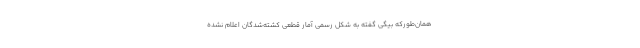
همان‌طور‌که بیگی گفته به شکل رسمی آمار قطعی کشته‌شدگان اعلام نشده